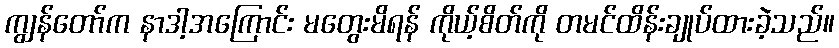
ကျွန်တော်က နာဒါ့အကြောင်း မတွေးမိရန် ကိုယ့်စိတ်ကို တမင်ထိန်းချုပ်ထားခဲ့သည်။